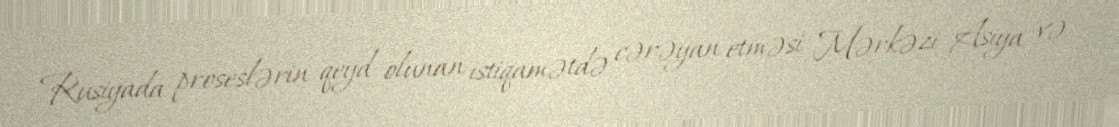
Rusiyada proseslərin qeyd olunan istiqamətdə cərəyan etməsi Mərkəzi Asiya və